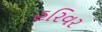
હરિવર